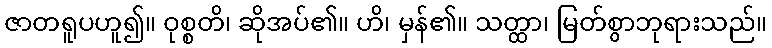
ဇာတရူပဟူ၍။ ဝုစ္စတိ၊ ဆိုအပ်၏။ ဟိ၊ မှန်၏။ သတ္ထာ၊ မြတ်စွာဘုရားသည်။